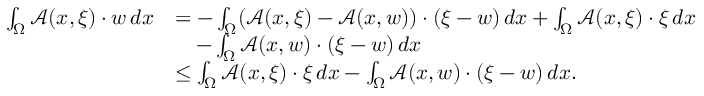
\begin{array} { r l } { \int _ { \Omega } { \mathcal { A } } ( x , \xi ) \cdot w \, d x } & { = - \int _ { \Omega } ( { \mathcal { A } } ( x , \xi ) - { \mathcal { A } } ( x , w ) ) \cdot ( \xi - w ) \, d x + \int _ { \Omega } { \mathcal { A } } ( x , \xi ) \cdot \xi \, d x } \\ & { \quad - \int _ { \Omega } { \mathcal { A } } ( x , w ) \cdot ( \xi - w ) \, d x } \\ & { \leq \int _ { \Omega } { \mathcal { A } } ( x , \xi ) \cdot \xi \, d x - \int _ { \Omega } { \mathcal { A } } ( x , w ) \cdot ( \xi - w ) \, d x . } \end{array}